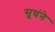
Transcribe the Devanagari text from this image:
सूघंने